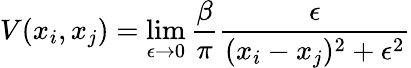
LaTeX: V(x_{i},x_{j})=\operatorname*{lim}_{\epsilon\rightarrow 0}\frac{\beta}{\pi}\frac{\epsilon}{(x_{i}-x_{j})^{2}+\epsilon^{2}}